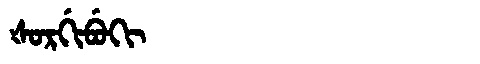
Manchu: ᡧᠣᡵᡤᡳᠪᡠᡴᡳ
Romanization: ŠORGIBUKI